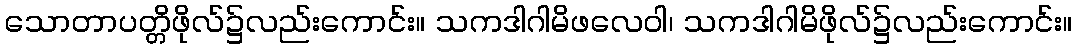
သောတာပတ္တိဖိုလ်၌လည်းကောင်း။ သကဒါဂါမိဖလေဝါ၊ သကဒါဂါမိဖိုလ်၌လည်းကောင်း။